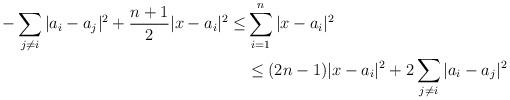
LaTeX: \begin{align*}-\sum_{j\ne i}|a_i-a_j|^2+\frac{n+1}{2}|x-a_i|^2\le & \sum_{i=1}^n|x-a_i|^2\\ &\le(2n-1)|x-a_i|^2+2\sum_{j\ne i}|a_i-a_j|^2\end{align*}